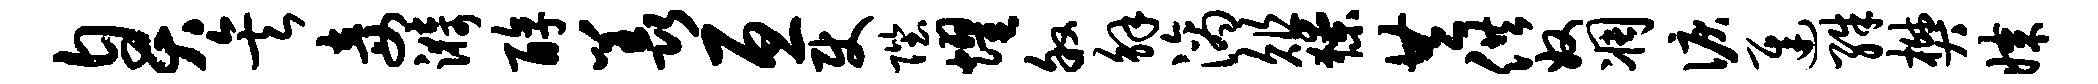
臭矣妾漪醇羡亘使陛耀叙解滴俎獠共供奴凋泪迟殊樊媒